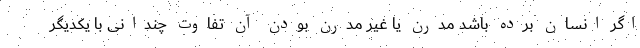
اگر انسان برده باشد مدرن یا غیر مدرن بودن آن تفاوت چندانی با یکدیگر